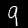
Digit: 9